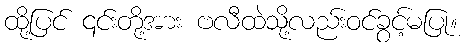
ထို့ပြင် ၎င်းတို့အား ဗလီထဲသို့လည်းဝင်ခွင့်မပြု။